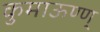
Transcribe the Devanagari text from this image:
कुमाऊण्ण्